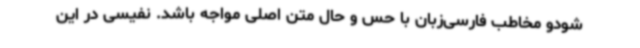
شودو مخاطب فارسی‌زبان با حس و حال متن اصلی مواجه باشد. نفیسی در این